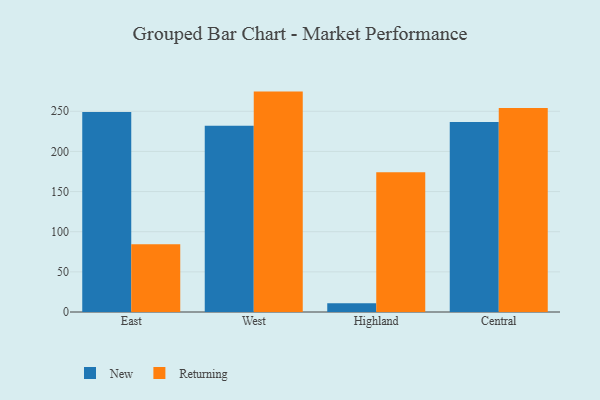
{"axis": {"x": "Region", "y": "Headcount"}, "legend": ["New", "Returning"], "data": [{"x": "East", "y": 249.0, "type": "New"}, {"x": "East", "y": 84.5, "type": "Returning"}, {"x": "West", "y": 232.1, "type": "New"}, {"x": "West", "y": 274.5, "type": "Returning"}, {"x": "Highland", "y": 10.9, "type": "New"}, {"x": "Highland", "y": 174.2, "type": "Returning"}, {"x": "Central", "y": 236.6, "type": "New"}, {"x": "Central", "y": 254.2, "type": "Returning"}]}